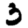
Digit: 3